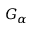
G _ { \alpha }